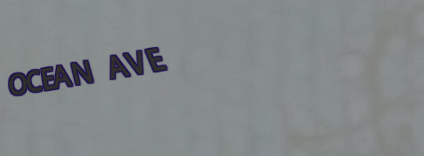
OCEAN AVE